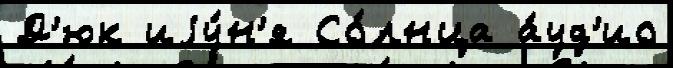
Д'юк иjу́н'я Со́лнца а́уд'ио